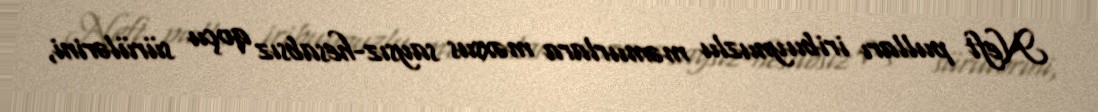
Neft pulları iribuynuzlu məmurlara məxsus saysız-hesabsız qoçu sürülərini,